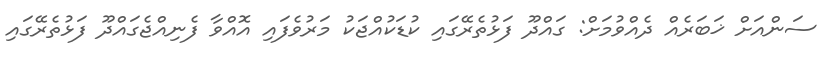
ސަންއަށް ޚަބަރެއް ދެއްވުމަށް: ގައްދޫ ފަޅުތެރޭގައި ކުޑަކުއްޖަކު މަރުވެފައި އޮއްވާ ފެނިއްޖެގައްދޫ ފަޅުތެރޭގައި